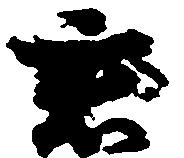
君